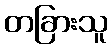
တခြားသူ